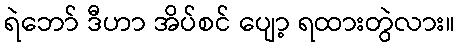
ရဲဘော် ဒီဟာ အိပ်စင် ပျော့ ရထားတွဲလား။